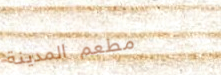
مطعم المدينة